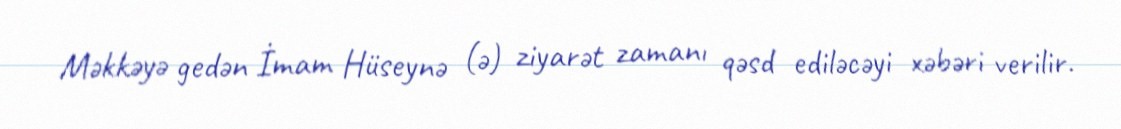
Məkkəyə gedən İmam Hüseynə (ə) ziyarət zamanı qəsd ediləcəyi xəbəri verilir.